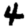
Digit: 4